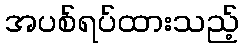
အပစ်ရပ်ထားသည့်